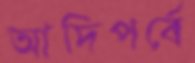
আদিপর্বে